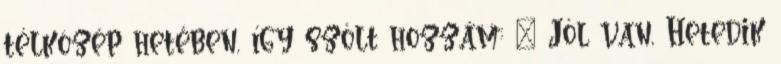
télközép hetében, így szólt hozzám: – Jól van, Hetedik